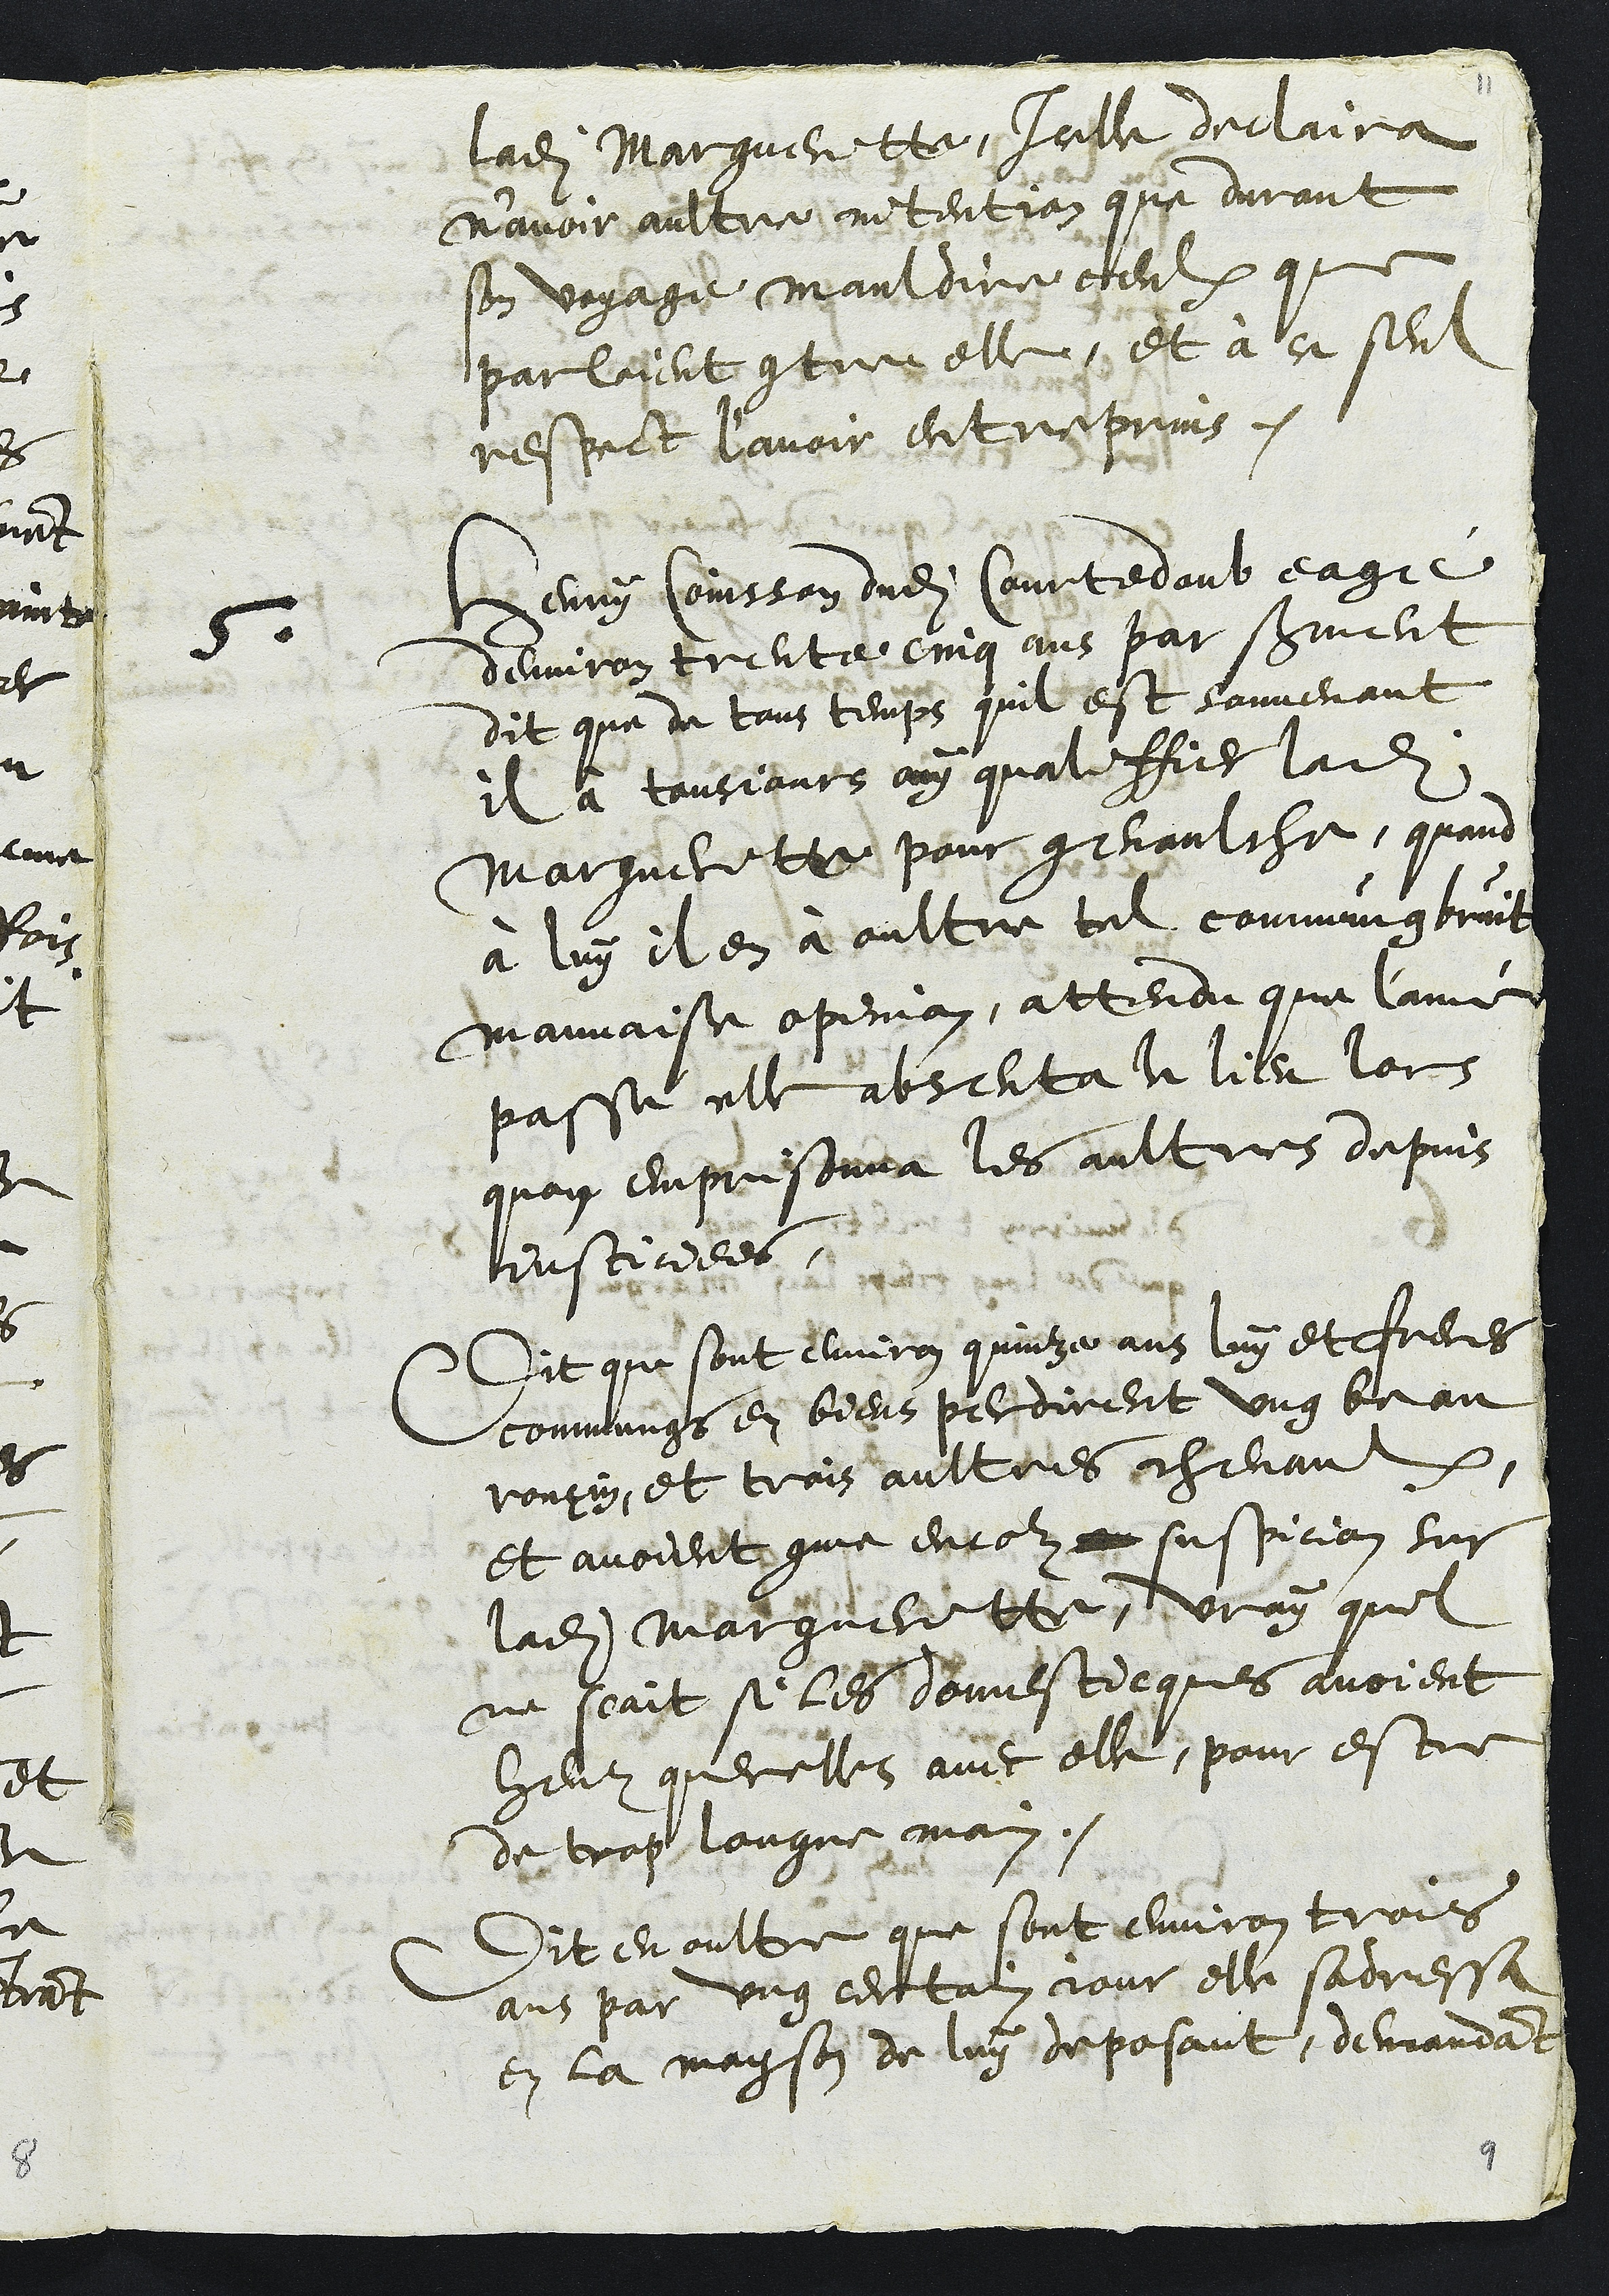
ladite Margueritte, Icelle declaira
n’avoir aultre intention que durant
son voyage mauldire ceulx que
parloient contre elle et à ce seul
respect l'avoir entreprins
5
Henry Coinsson dudit Courtedoub eagé
denviron trente cinq ans par serment
dit que de tous temps quil est souvenant
il à tousjours ouy qualiffier ladite
Margueritte pour genaulche, quand
à luy il en à oultre tel commung bruit
mauvaise opinion, attendu que l'anné
passé elle absenta le lieu lors
quon emprisonna les aultres depuis
justiciees
Dit que sont environ quinze ans luy et freres
commungs en biens perdirent ung beau
roncin, et trois aultres chevaulx.
et avoient comme encor suspicion sur
ladite Marguerittte, vray quil
ne scait si les domesticques avoient
heut querelles avec elle, pour estre
de trop longue main.
Dit en oultre que sont environ trois
ans par ung certain jour elle sadressa
en la mayson de luy deposant, demandant